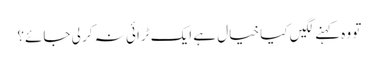
تو وہ کہنے لگیں کیا خیال ہے ایک ٹرائی نہ کر لی جائے؟